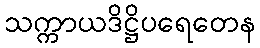
သက္ကာယဒိဋ္ဌိပရေတေန